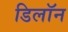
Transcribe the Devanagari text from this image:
डिलॉन